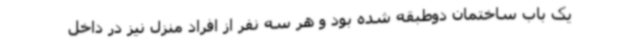
یک باب ساختمان دوطبقه شده بود و هر سه نفر از افراد منزل نیز در داخل